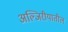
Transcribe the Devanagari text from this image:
अल्जिरीयातील